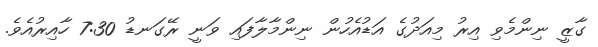
ގާޒީ ނިންމެވި އިރު މިއަދުގެ އަޑުއެހުން ނިންމާލާފައި ވަނީ ރޭގަނޑު 7:30 ހާއިރުއެވެ.